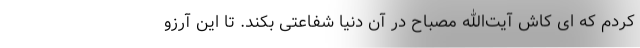
کردم که ‌ای کاش آیت‌الله مصباح در آن دنیا شفاعتی بکند. تا این آرزو